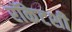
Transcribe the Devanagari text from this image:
रॉकेटशी